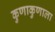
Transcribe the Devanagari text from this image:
कुणाकुणाला